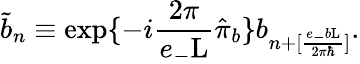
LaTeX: \tilde{b}_{n}\equiv\exp\{ -i\frac{2\pi}{e_{-}\mathrm{L}}\hat{\pi}_{b}\} b_{n+[\frac{e_{-}b\mathrm{L}}{2{\pi}{\hbar}}]}.